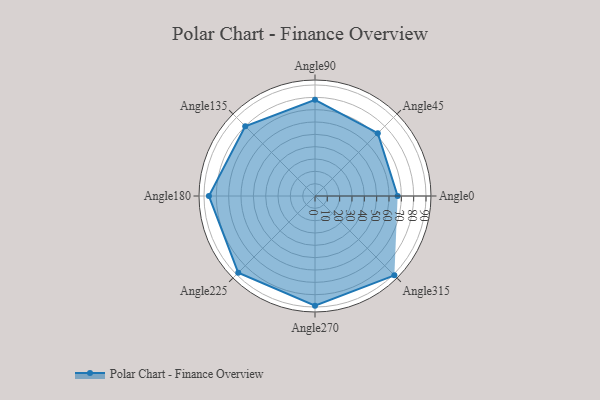
{"axis": {"x": "Angle", "y": "Radius"}, "legend": [""], "data": [{"x": "Angle0", "y": 67.0, "type": ""}, {"x": "Angle45", "y": 72.0, "type": ""}, {"x": "Angle90", "y": 78.0, "type": ""}, {"x": "Angle135", "y": 80.0, "type": ""}, {"x": "Angle180", "y": 86.0, "type": ""}, {"x": "Angle225", "y": 88.0, "type": ""}, {"x": "Angle270", "y": 89.0, "type": ""}, {"x": "Angle315", "y": 91.0, "type": ""}]}